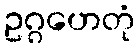
ဥဂ္ဂဟေတုံ